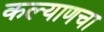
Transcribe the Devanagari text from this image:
कल्याणचा